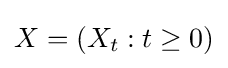
X=(X_{t}:t\geq 0)